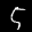
Label: 5